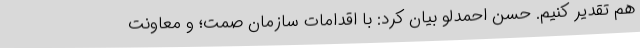
هم تقدیر کنیم. حسن احمدلو بیان کرد: با اقدامات سازمان صمت؛ و معاونت